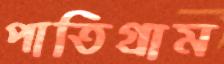
পাতিগ্রাম